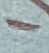
Text: -